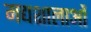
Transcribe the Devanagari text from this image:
मद्यशालाओं